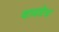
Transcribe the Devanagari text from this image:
वावडेच